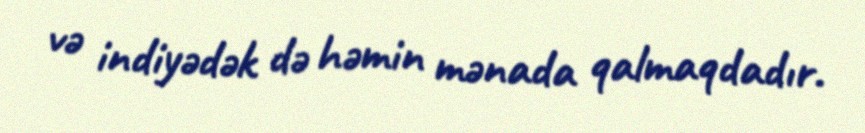
və indiyədək də həmin mənada qalmaqdadır.